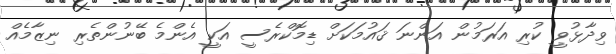
ވިދާޅުވީ ކުރި އަރަމުން އަންނަ ޤައުމަކަށް ޑިމޮކްރެސީ އަކީ އެންމެ ބޭނުންތެރި ނިޒާމެއް